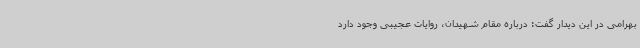
بهرامی در این دیدار گفت: درباره مقام شهیدان، روایات عجیبی وجود دارد